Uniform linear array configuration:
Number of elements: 16
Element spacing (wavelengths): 0.5
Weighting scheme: exponential
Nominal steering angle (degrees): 45
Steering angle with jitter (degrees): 45.129
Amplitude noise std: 0.05
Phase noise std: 0.05

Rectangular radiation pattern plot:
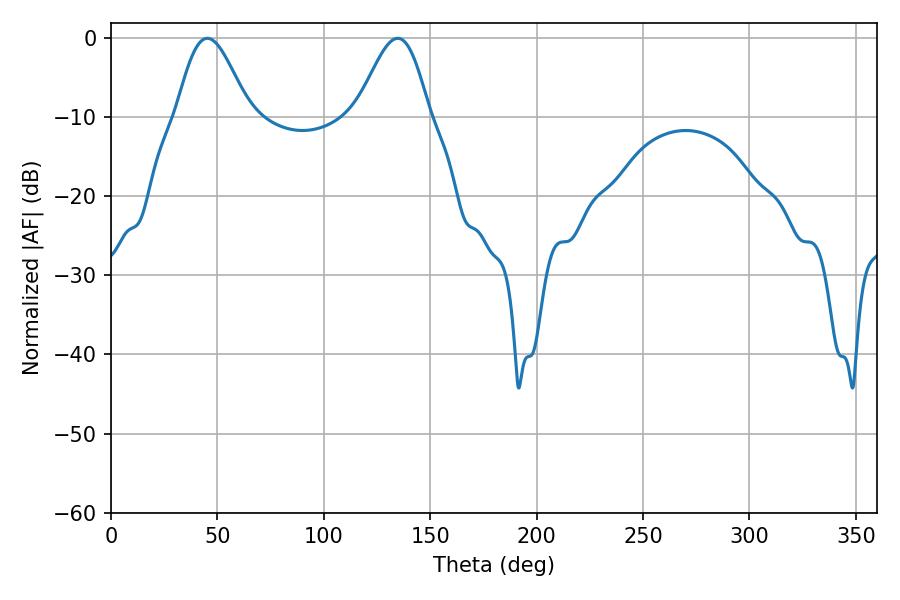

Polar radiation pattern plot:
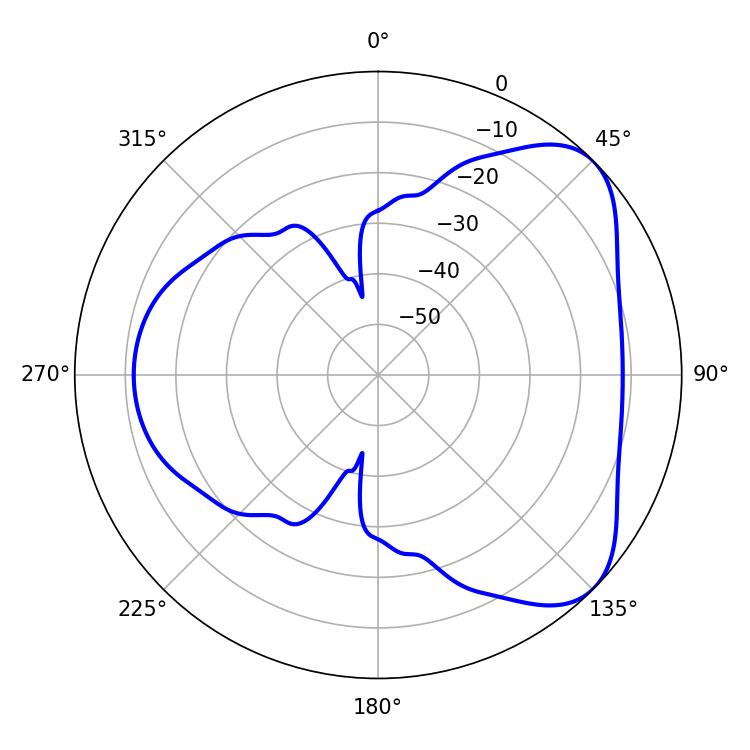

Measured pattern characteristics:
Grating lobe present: FALSE
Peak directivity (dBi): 5.834
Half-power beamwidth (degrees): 18
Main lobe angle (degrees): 45.36